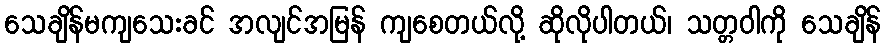
သေချိန်မကျသေးခင် အလျင်အမြန် ကျစေတယ်လို့ ဆိုလိုပါတယ်၊ သတ္တဝါကို သေချိန်